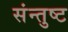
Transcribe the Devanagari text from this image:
संन्तुष्ट